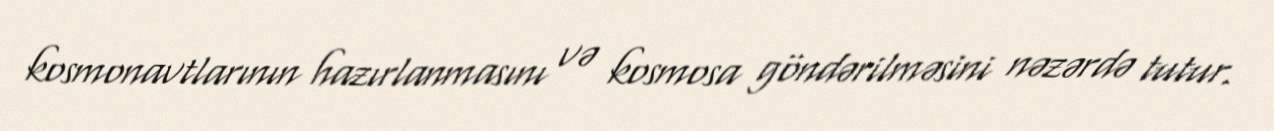
kosmonavtlarının hazırlanmasını və kosmosa göndərilməsini nəzərdə tutur.